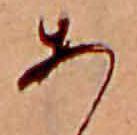
あ